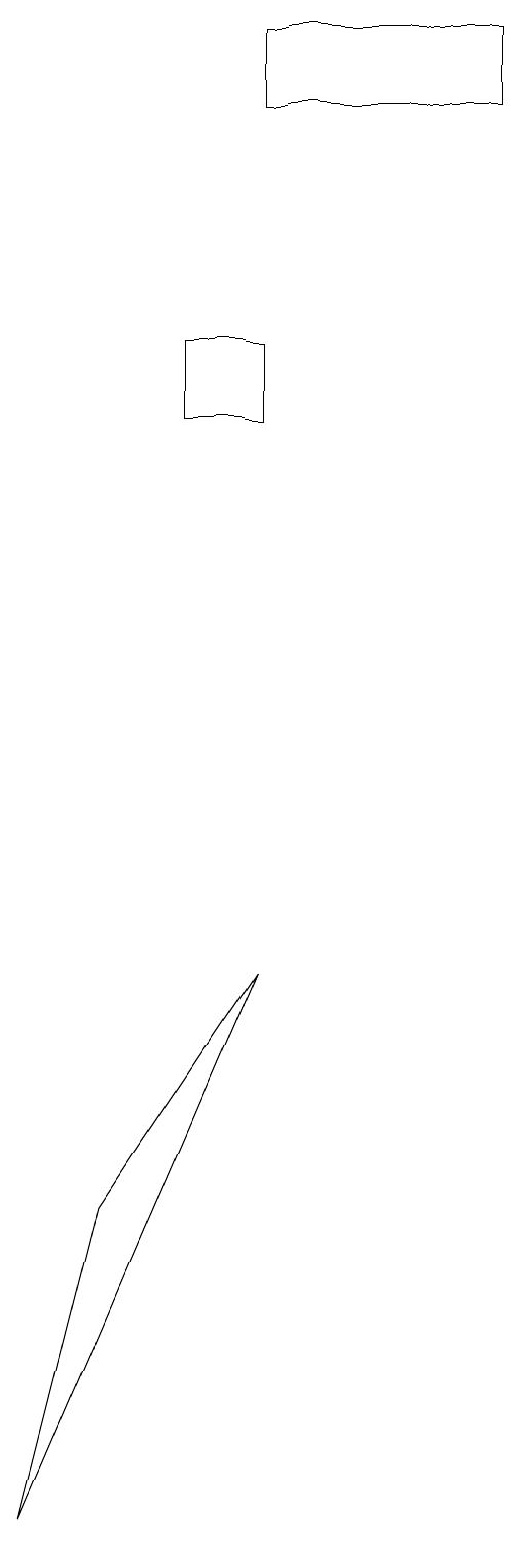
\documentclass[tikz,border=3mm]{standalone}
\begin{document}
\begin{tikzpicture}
\draw (9,18) rectangle (6,19);
\draw (6,15) rectangle (5,14);
\draw (4,4) -- (3,0) -- (6,7) -- cycle;
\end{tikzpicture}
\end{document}